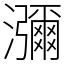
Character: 瀰